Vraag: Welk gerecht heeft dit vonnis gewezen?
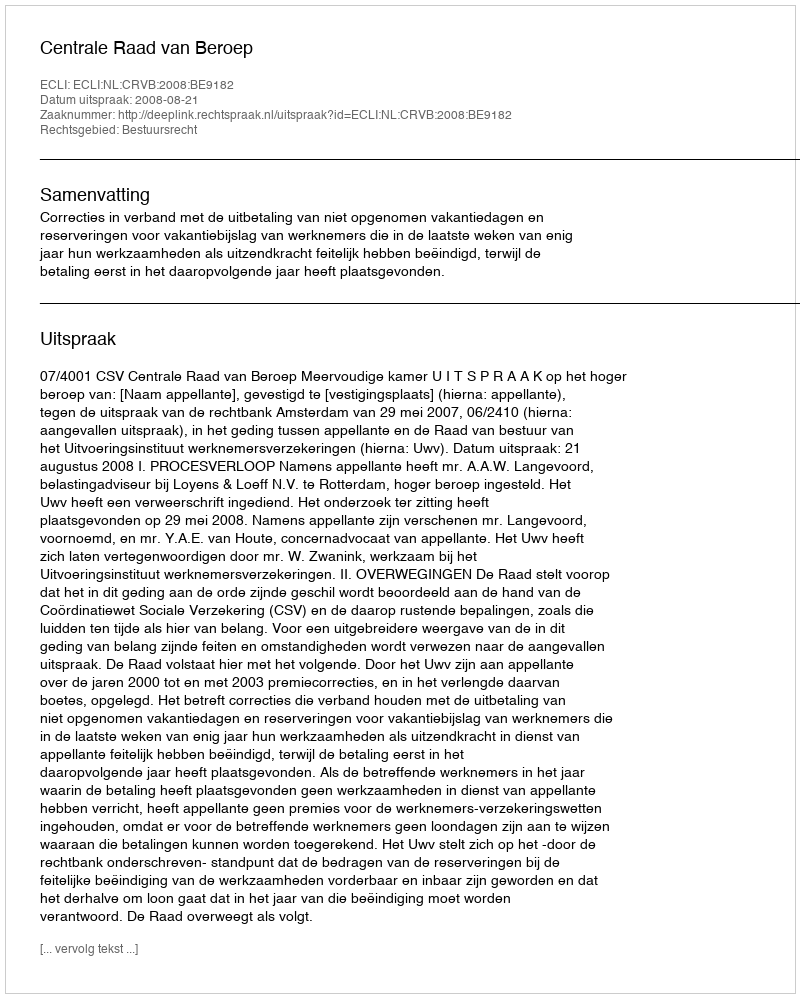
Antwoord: Centrale Raad van Beroep